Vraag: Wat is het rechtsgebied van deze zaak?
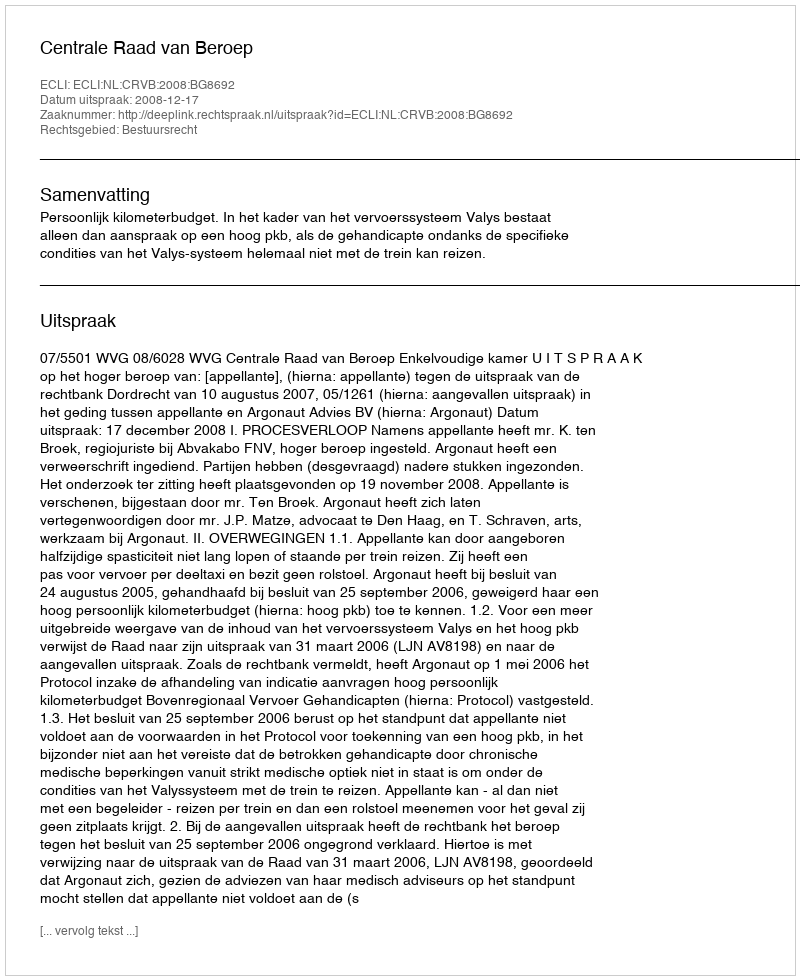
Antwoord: Bestuursrecht